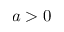
a > 0